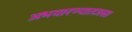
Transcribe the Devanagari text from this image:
अभयारण्यातजसा